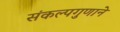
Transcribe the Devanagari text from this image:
संकल्पगुणाने